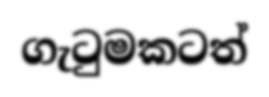
ගැටුමකටත්